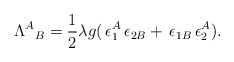
\begin{align*}{\Lambda^{A}}_{B}=\frac{1}{2}\lambda g (\,\epsilon^{A}_{1} \,\epsilon_{2B}+\,\epsilon_{1B}\,\epsilon^{A}_{2}).\end{align*}